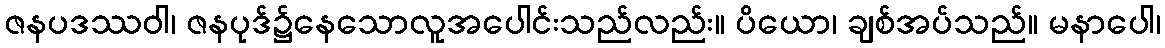
ဇနပဒဿဝါ၊ ဇနပုဒ်၌နေသောလူအပေါင်းသည်လည်း။ ပိယော၊ ချစ်အပ်သည်။ မနာပေါ၊